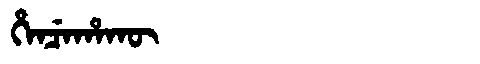
Manchu: ᡥᡝᠨᠴᡝᡥᠠᡴᡡ
Romanization: HENCEHAKŪ